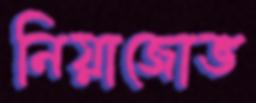
নিয়াজোভ